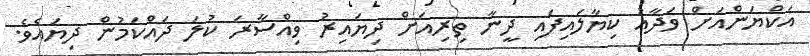
އަކްޔަންއަށް ވަދާޢު ކިޔާލައިފައި ދީނާ ތިރިއަށް ދިޔައިރު ވިއްސާރަ ކުލަ ދައްކަމުން ދިޔައެވެ.